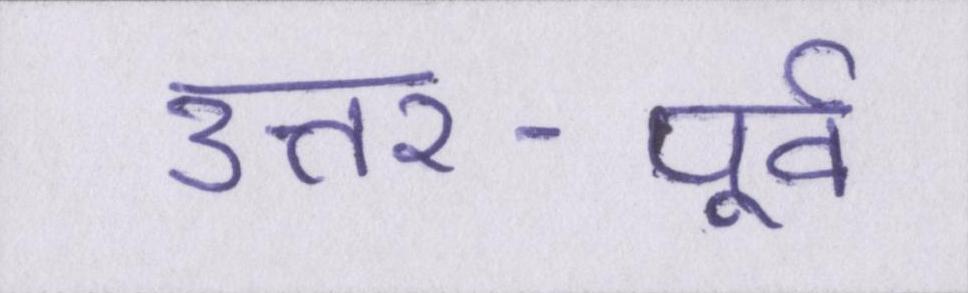
उत्तर-पूर्व